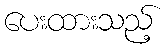
ပေးထားသည့်